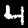
Label: 4